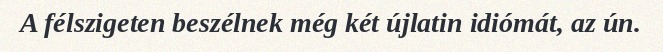
A félszigeten beszélnek még két újlatin idiómát, az ún.